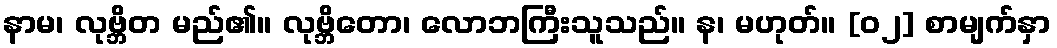
နာမ၊ လုဗ္ဘိတ မည်၏။ လုဗ္ဘိတော၊ လောဘကြီးသူသည်။ န၊ မဟုတ်။ [၀၂] စာမျက်နှာ